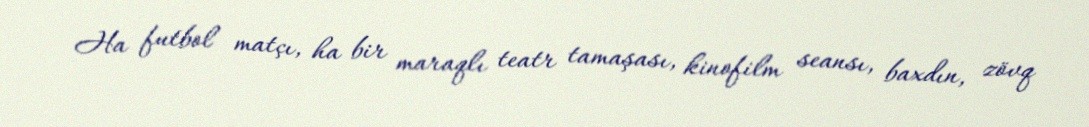
Ha futbol matçı, ha bir maraqlı teatr tamaşası, kinofilm seansı, baxdın, zövq